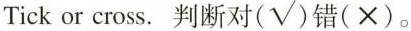
Tick or cross.判断对(√)错(×)。